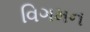
વિગમન